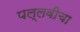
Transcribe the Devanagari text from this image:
पल्लवीचा